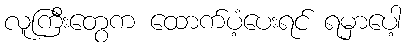
လူကြီးတွေက ထောက်ပံ့ပေးရင် ရမှာပေါ့